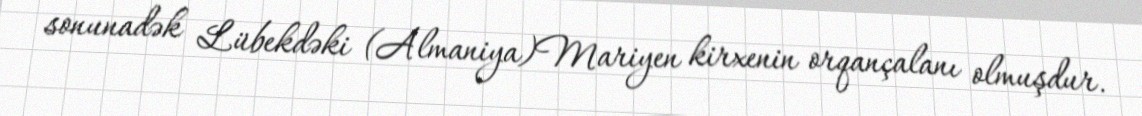
sonunadək Lübekdəki (Almaniya)Mariyen kirxenin orqançalanı olmuşdur.